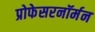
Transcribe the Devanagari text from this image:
प्रोफेसरनॉर्मन